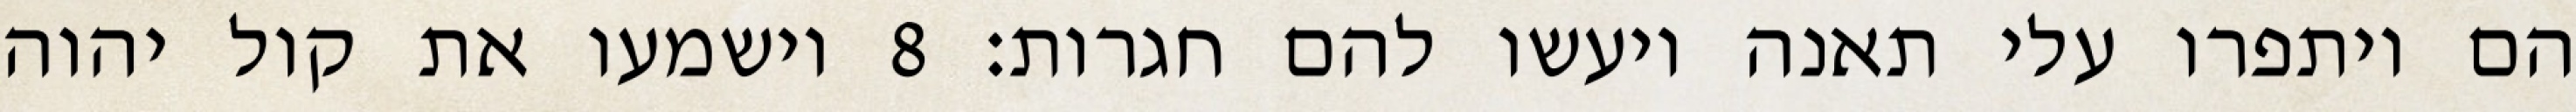
הם ויתפרו עלי תאנה ויעשו להם חגרות׃ ‎8‏ וישמעו את קול יהוה